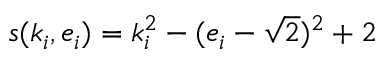
s ( k _ { i } , e _ { i } ) = k _ { i } ^ { 2 } - ( e _ { i } - \sqrt { 2 } ) ^ { 2 } + 2